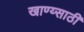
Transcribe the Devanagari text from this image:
खाण्य्साठी